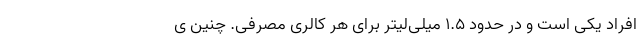
افراد یکی است و در حدود ۱.۵ میلی‌لیتر برای هر کالری مصرفی. چنین ی